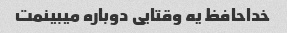
خداحافظ یه وقتایی دوباره میبینمت